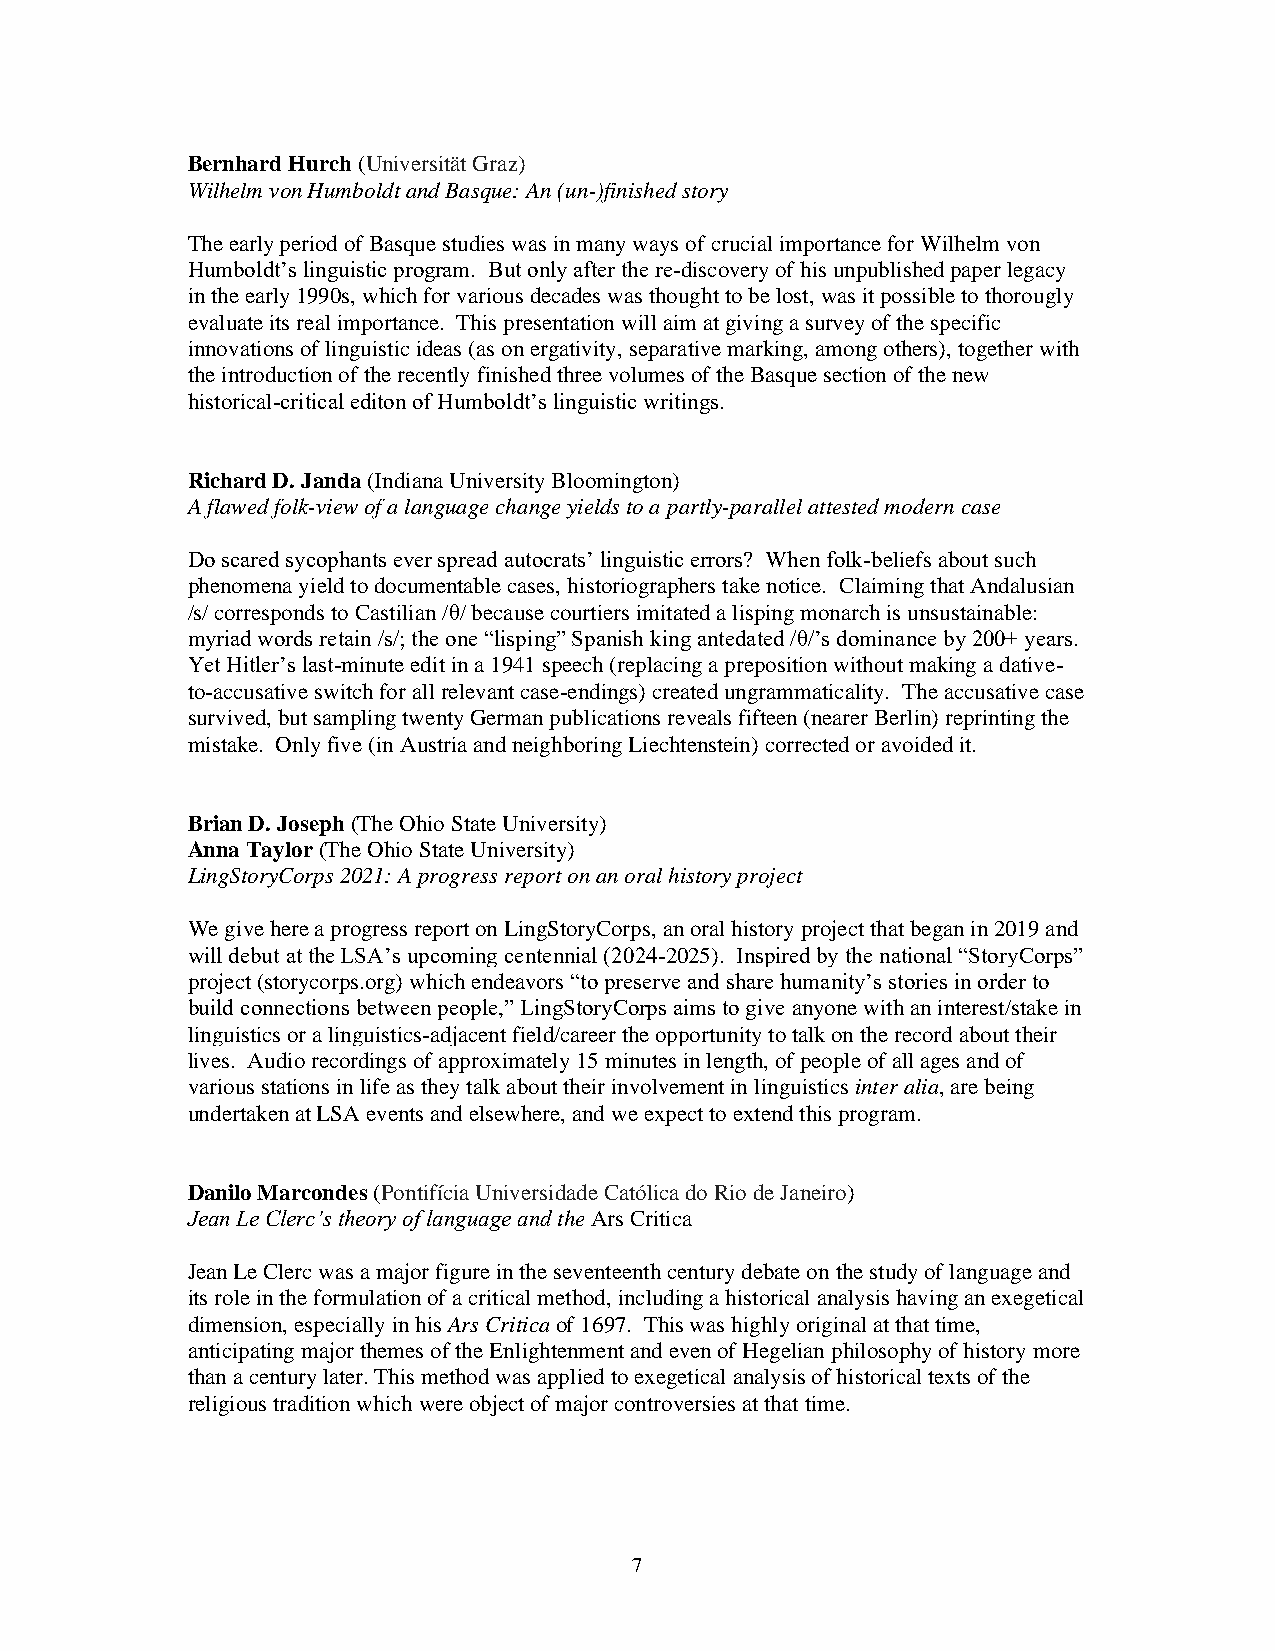
Bernhard Hurch (Universität Graz)
 Wilhelm von Humboldt and Basque: An (un-)finished story
 The early period of Basque studies was in many ways of crucial importance for Wilhelm von
 Humboldt’s linguistic program. But only after the re-discovery of his unpublished paper legacy
 in the early 1990s, which for various decades was thought to be lost, was it possible to thorougly
 evaluate its real importance. This presentation will aim at giving a survey of the specific
 innovations of linguistic ideas (as on ergativity, separative marking, among others), together with
 the introduction of the recently finished three volumes of the Basque section of the new
 historical-critical editon of Humboldt’s linguistic writings.
 Richard D. Janda (Indiana University Bloomington)
 A flawed folk-view of a language change yields to a partly-parallel attested modern case
 Do scared sycophants ever spread autocrats’ linguistic errors? When folk-beliefs about such
 phenomena yield to documentable cases, historiographers take notice. Claiming that Andalusian
 /s/ corresponds to Castilian /θ/ because courtiers imitated a lisping monarch is unsustainable:
 myriad words retain /s/; the one “lisping” Spanish king antedated /θ/’s dominance by 200+ years.
 Yet Hitler’s last-minute edit in a 1941 speech (replacing a preposition without making a dative-
 to-accusative switch for all relevant case-endings) created ungrammaticality. The accusative case
 survived, but sampling twenty German publications reveals fifteen (nearer Berlin) reprinting the
 mistake. Only five (in Austria and neighboring Liechtenstein) corrected or avoided it.
 Brian D. Joseph (The Ohio State University)
 Anna Taylor (The Ohio State University)
 LingStoryCorps 2021: A progress report on an oral history project
 We give here a progress report on LingStoryCorps, an oral history project that began in 2019 and
 will debut at the LSA’s upcoming centennial (2024-2025). Inspired by the national “StoryCorps”
 project (storycorps.org) which endeavors “to preserve and share humanity’s stories in order to
 build connections between people,” LingStoryCorps aims to give anyone with an interest/stake in
 linguistics or a linguistics-adjacent field/career the opportunity to talk on the record about their
 lives. Audio recordings of approximately 15 minutes in length, of people of all ages and of
 various stations in life as they talk about their involvement in linguistics inter alia, are being
 undertaken at LSA events and elsewhere, and we expect to extend this program.
 Danilo Marcondes (Pontifícia Universidade Católica do Rio de Janeiro)
 Jean Le Clerc’s theory of language and the Ars Critica
 Jean Le Clerc was a major figure in the seventeenth century debate on the study of language and
 its role in the formulation of a critical method, including a historical analysis having an exegetical
 dimension, especially in his Ars Critica of 1697. This was highly original at that time,
 anticipating major themes of the Enlightenment and even of Hegelian philosophy of history more
 than a century later. This method was applied to exegetical analysis of historical texts of the
 religious tradition which were object of major controversies at that time.
 7